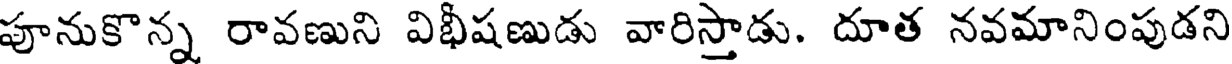
పూనుకొన్న రావణుని విభీషణుడు వారిస్తాడు. దూత నవమానింపుడని